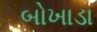
બોખાડા